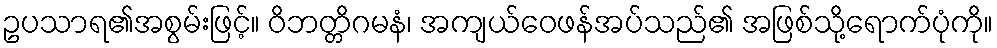
ဥပသာရ၏အစွမ်းဖြင့်။ ဝိဘတ္တိဂမနံ၊ အကျယ်ဝေဖန်အပ်သည်၏ အဖြစ်သို့ရောက်ပုံကို။